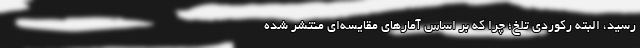
رسید، البته رکوردی تلخ؛ چرا که بر اساس آمارهای مقایسه‌ای منتشر شده